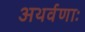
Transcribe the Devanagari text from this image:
अथर्वणाः